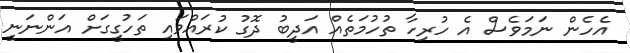
އެހެން ނަމަވެސް އެ ހުރިހާ ތުހުމަތެއް އަދީބު ދޮގު ކުރައްވައި ތަހުގީގަށް އަންނަނީ